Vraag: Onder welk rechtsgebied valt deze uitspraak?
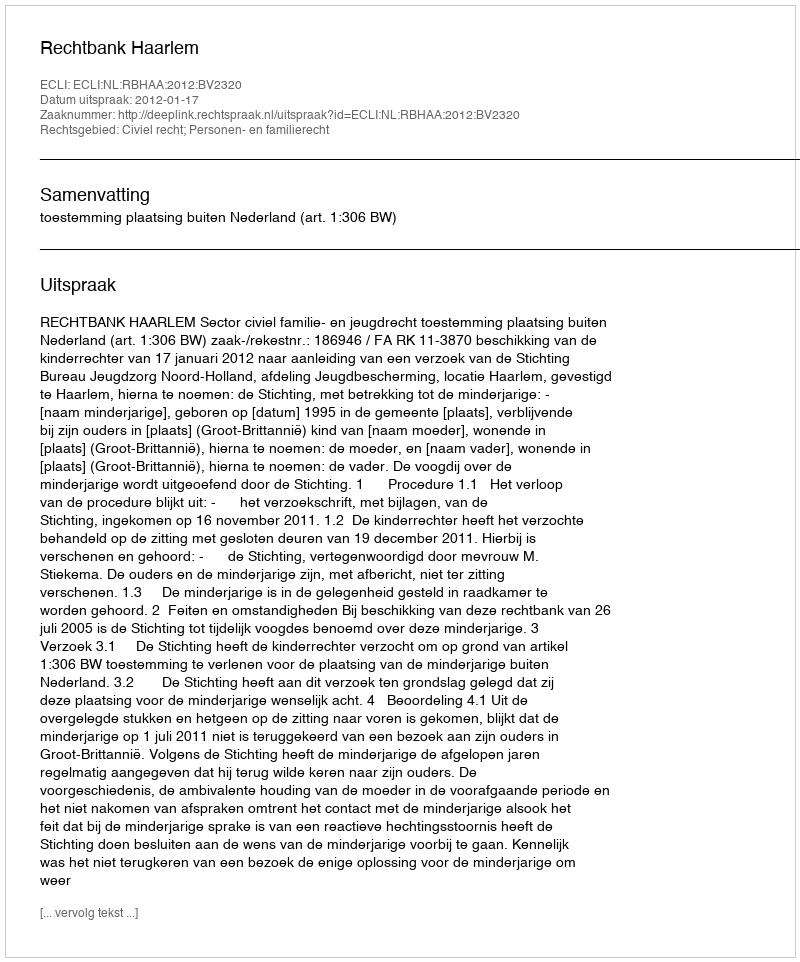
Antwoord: Civiel recht; Personen- en familierecht